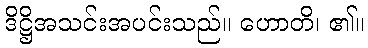
ဒိဋ္ဌိအသင်းအပင်းသည်။ ဟောတိ၊ ၏။